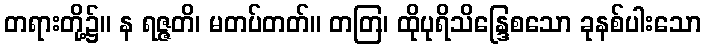
တရားတို့၌။ န ရဇ္ဇတိ၊ မတပ်တတ်။ တတြ၊ ထိုပုရိသိန္ဒြေစသော ခုနစ်ပါးသော